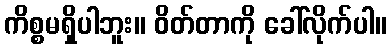
ကိစ္စမရှိပါဘူး။ ဝိတ်တာကို ခေါ်လိုက်ပါ။